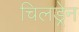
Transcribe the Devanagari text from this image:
चिलड्रेन